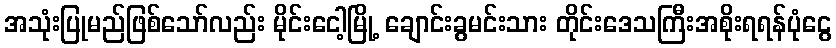
အသုံးပြုမည်ဖြစ်သော်လည်း မိုင်းငေါ့မြို့ ချောင်းခွမင်းသား တိုင်းဒေသကြီးအစိုးရရန်ပုံငွေ